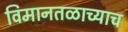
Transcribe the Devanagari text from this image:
विमानतळाच्याच